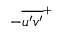
- \overline { { u ^ { \prime } v ^ { \prime } } } ^ { + }